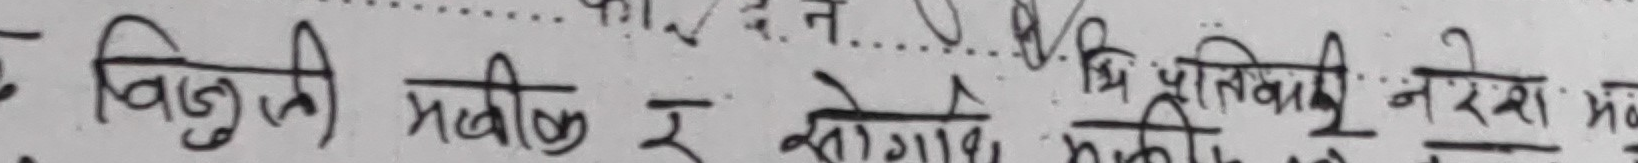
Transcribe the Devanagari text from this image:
बिजुली गराएको र सोलाई प्रमाणित नरेश म